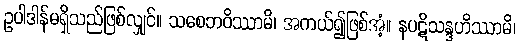
ဥပါဒါန်မရှိသည်ဖြစ်လျှင်။ သစေဘဝိဿာမိ၊ အကယ်၍ဖြစ်အံ့။ နပဋိသန္ဒဟိဿာမိ၊